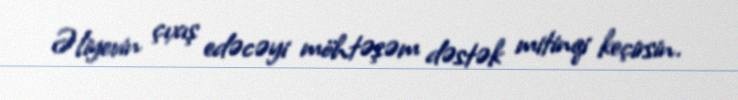
Əliyevin çıxış edəcəyi möhtəşəm dəstək mitinqi keçirsin.